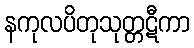
နကုလပိတုသုတ္တဋီကာ